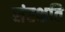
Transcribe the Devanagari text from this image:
संरक्षति